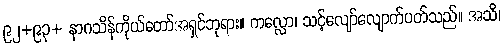
၉၂+၉၃+ နာဂသိန်ကိုယ်တော်အရှင်ဘုရား။ ကလ္လော၊ သင့်လျော်လျောက်ပတ်သည်။ အသိ၊